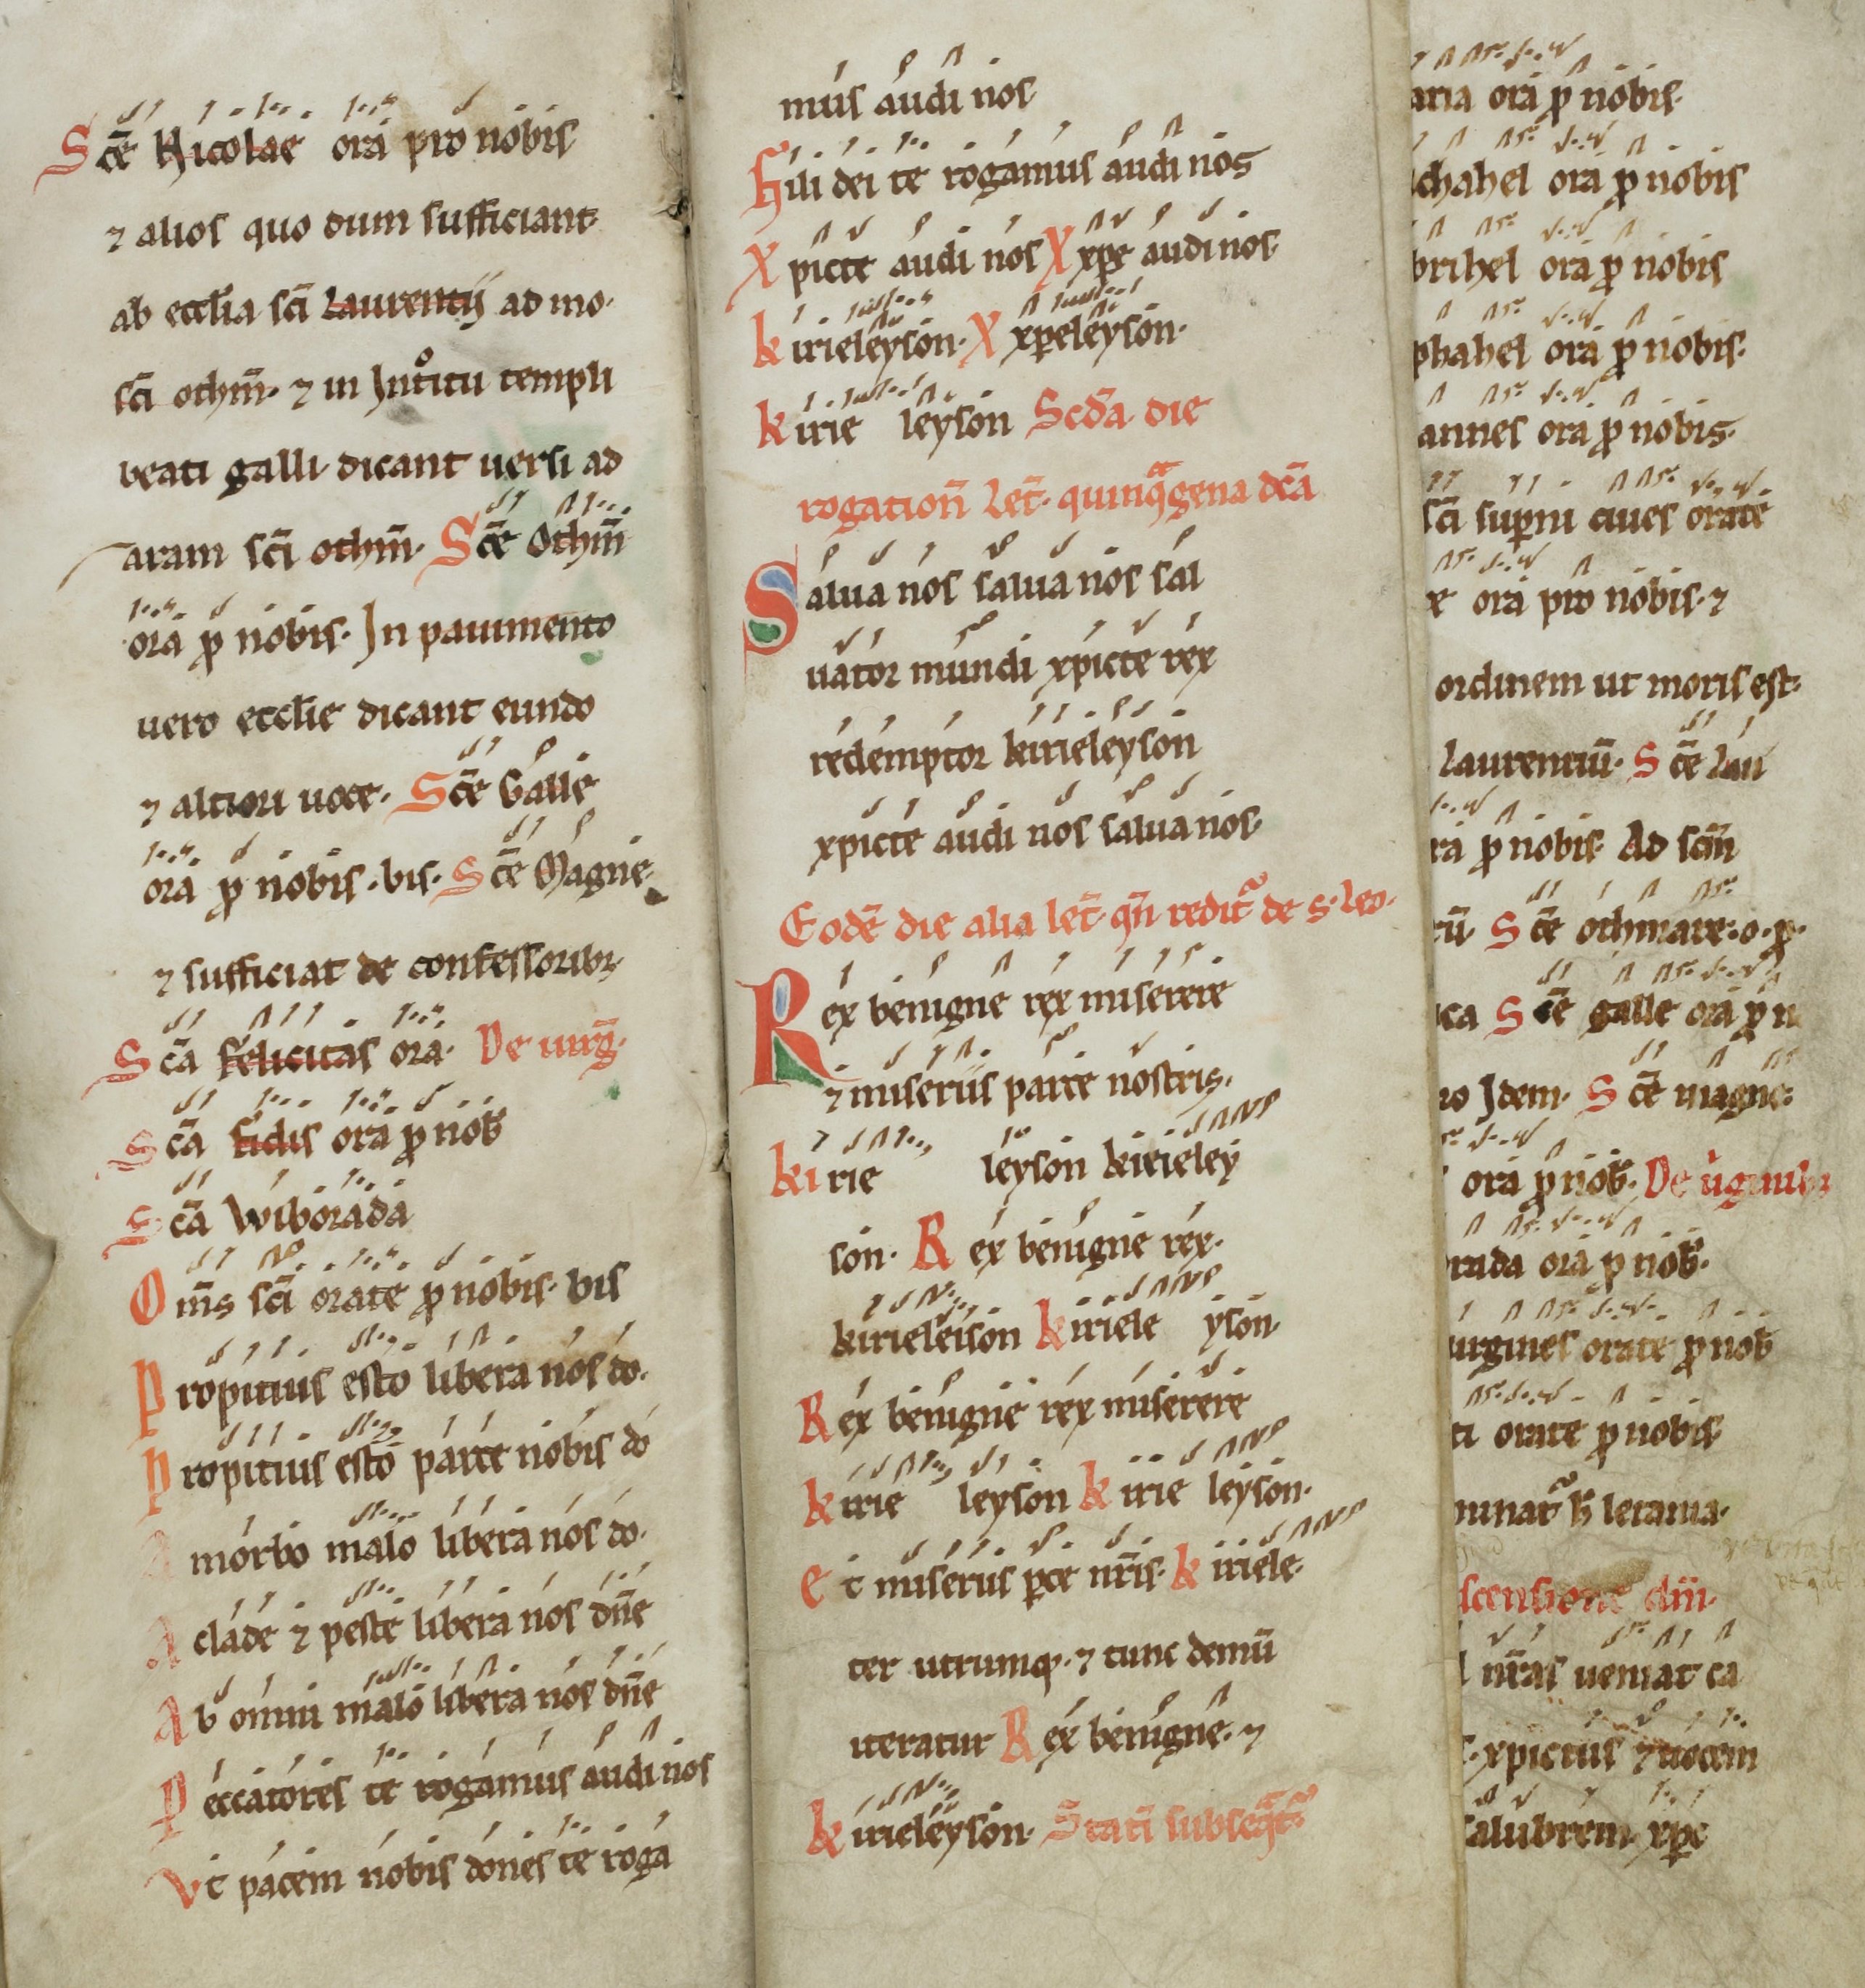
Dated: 1100–1199